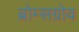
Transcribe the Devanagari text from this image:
ब्रोम्सग्रोव